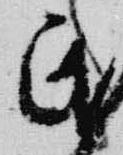
民